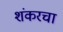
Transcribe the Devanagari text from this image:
शंकरचा